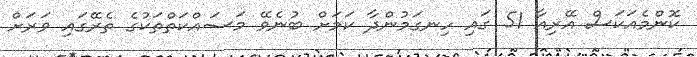
ކޮންމެއަކަސް އޭރިއާ 51 ގައި ހިނގަމުންދާ ކަމަށް ބުނެވޭ މަސައްކަތްތަކުގެ ތެރޭގައި ވަރަށް